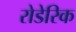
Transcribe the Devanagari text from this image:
रोडेरिक